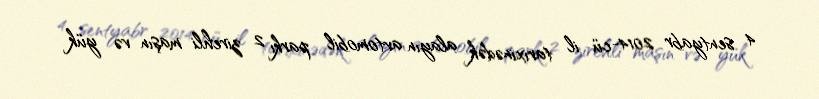
4 sentyabr 2014-cü il tarixinədək alayın avtomobil parkı 2 zirehli maşın və yük